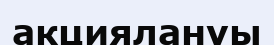
акциялануы